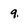
Character: q